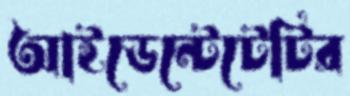
আইডেন্টেটেটির